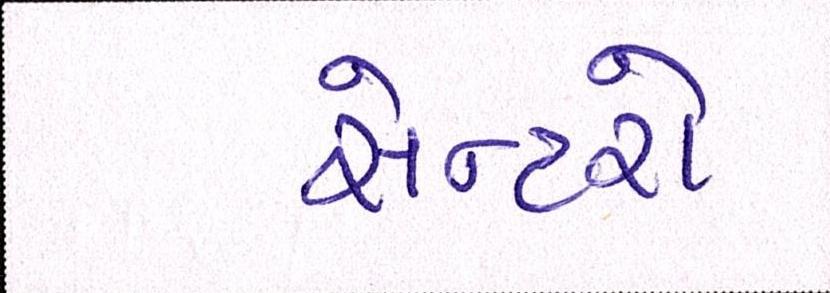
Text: સેન્ટરો